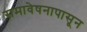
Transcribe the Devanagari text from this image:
समावेषनापासून